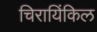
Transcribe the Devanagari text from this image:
चिरायिंकिल